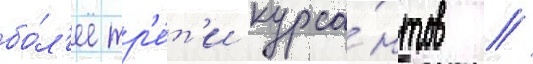
бо́л'ее тр'е́т'и курса́нтов //